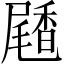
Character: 𪨝